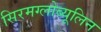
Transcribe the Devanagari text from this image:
सिरमग्लोब्यूलिन